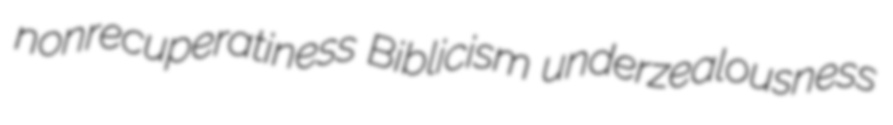
nonrecuperatiness Biblicism underzealousness